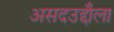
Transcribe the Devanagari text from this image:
असदउद्दौला